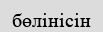
бөлінісін